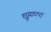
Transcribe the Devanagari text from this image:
तुझ्यावाचून